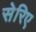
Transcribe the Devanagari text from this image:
सेरिए